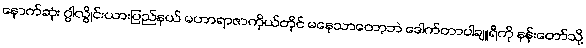
နောက်ဆုံး ဂွါလွိုင်းယားပြည်နယ် မဟာရာဇာကိုယ်တိုင် မနေသာတော့ဘဲ ဒေါက်တာပါချူရီကို နန်းတော်သို့